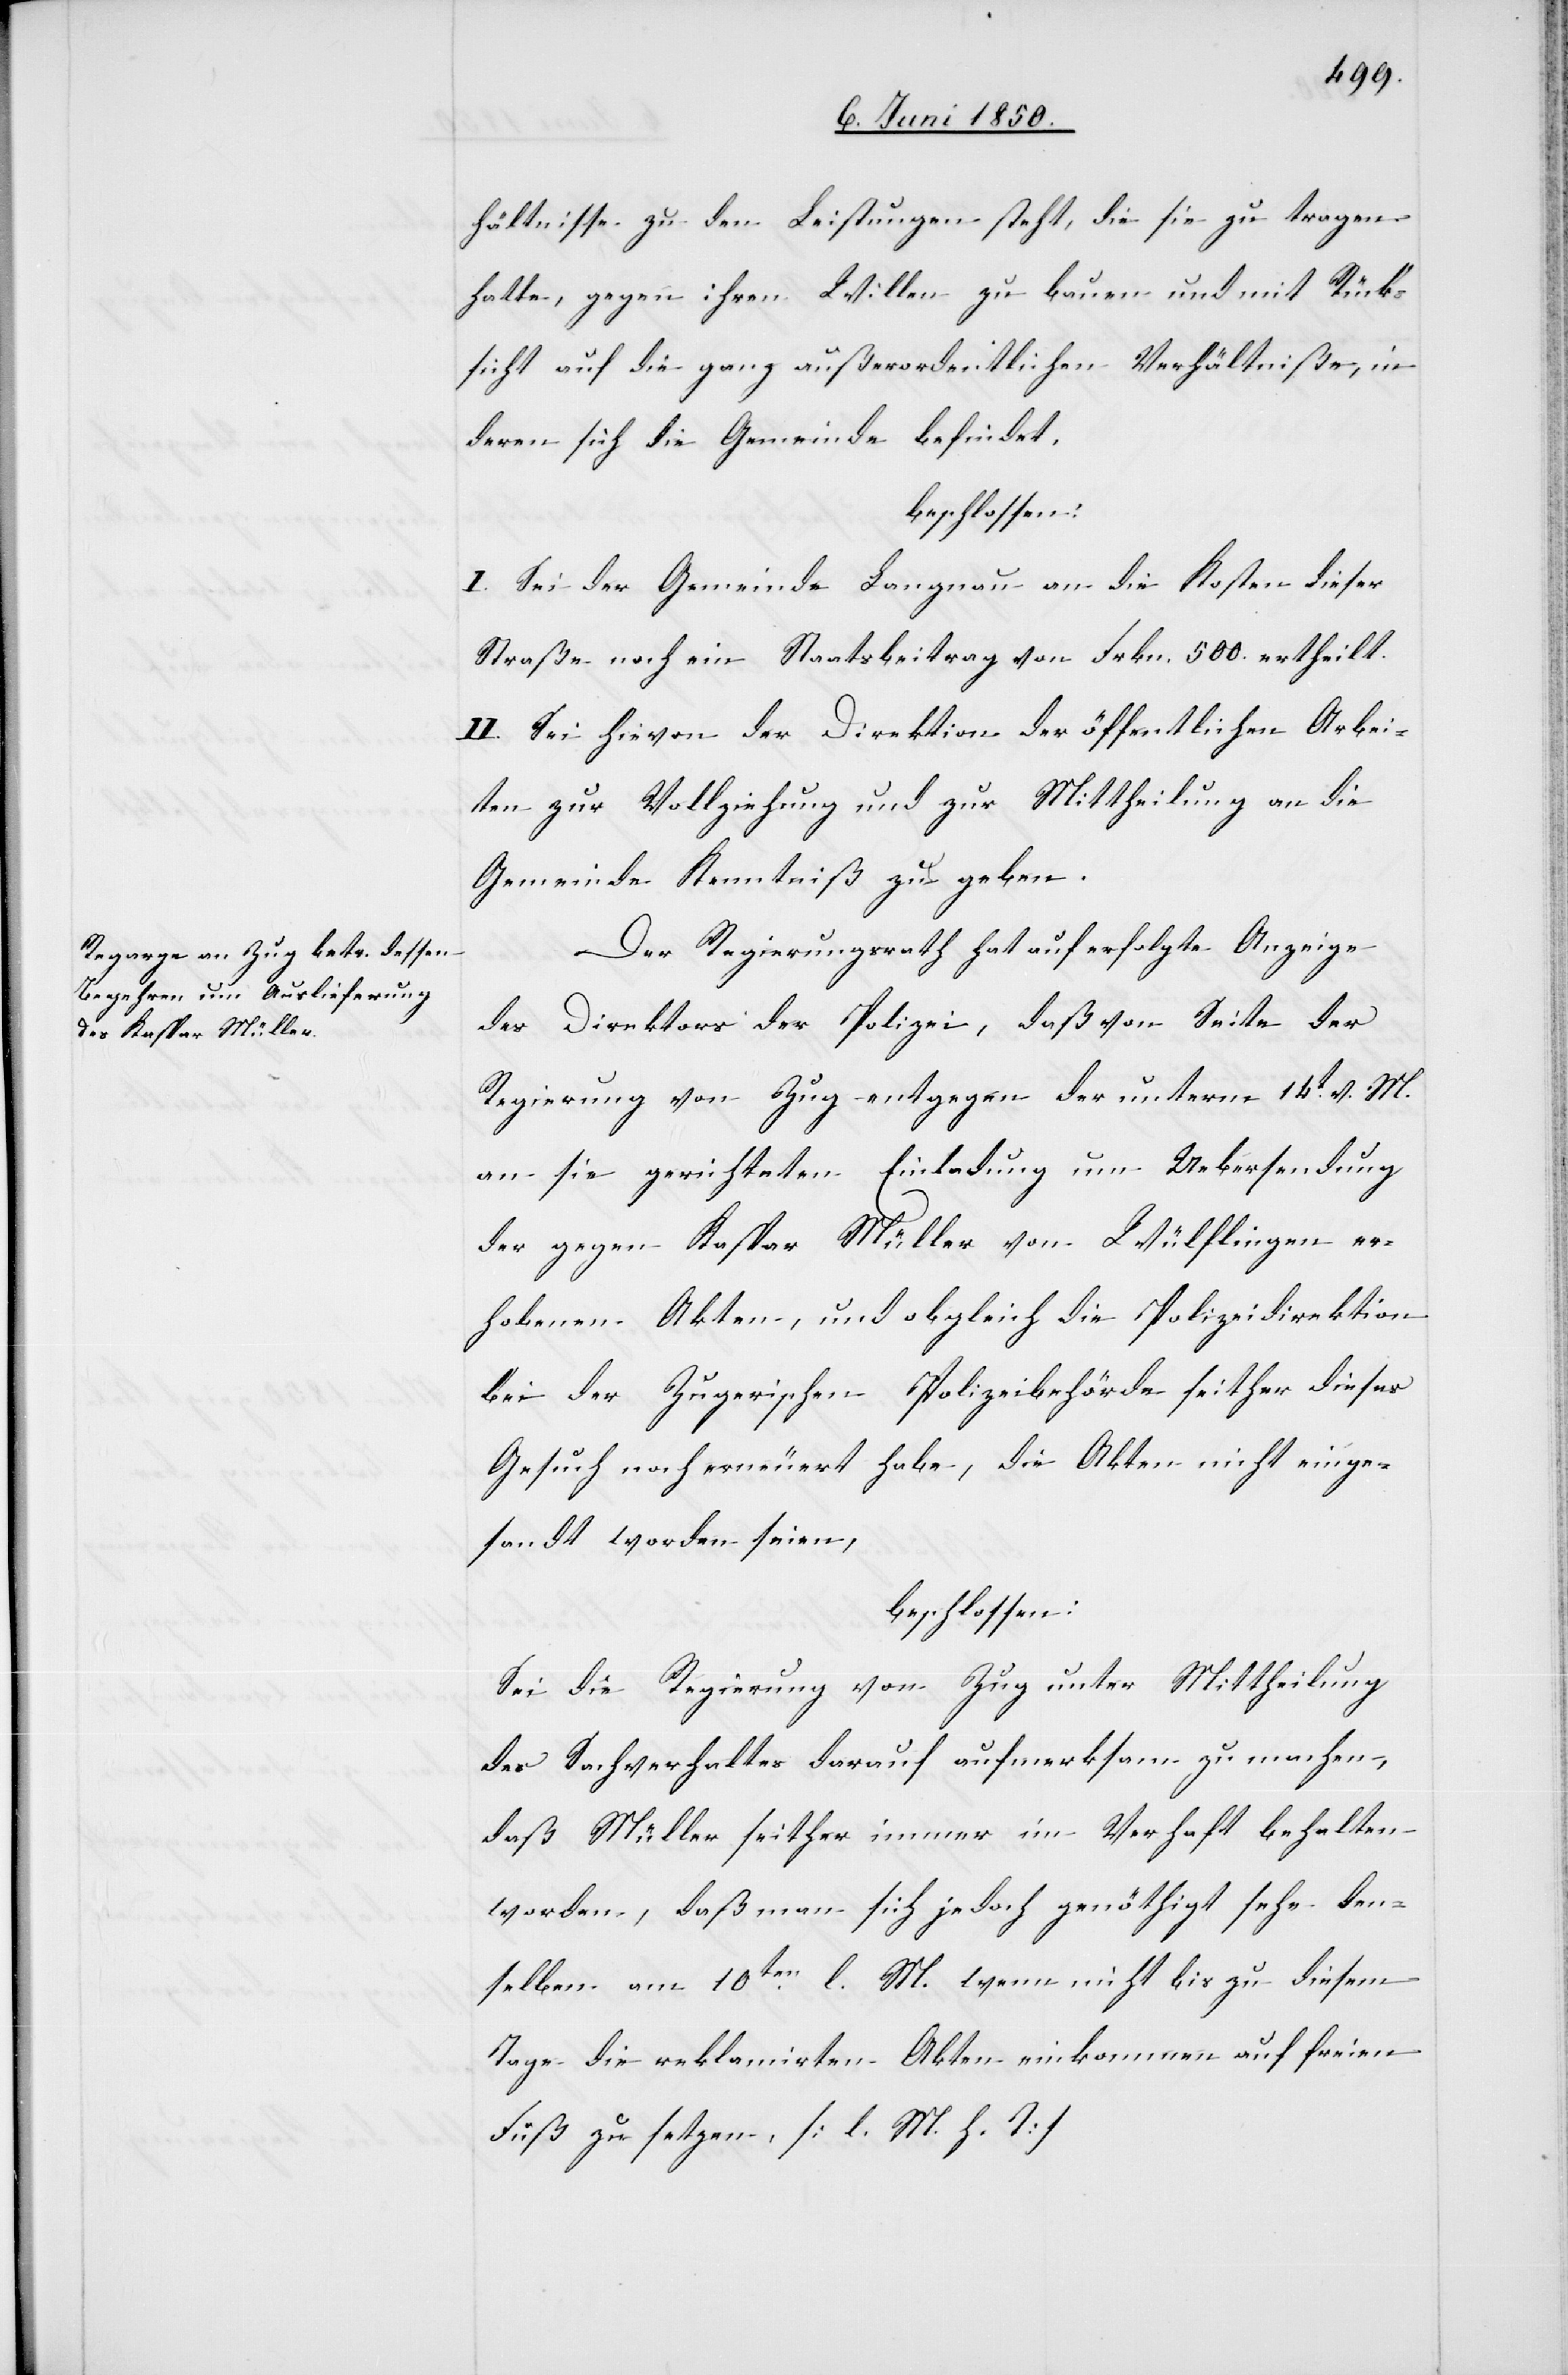
hältnisse zu den Leistungen steht, die sie zu tragen
hatte, gegen ihren Willen zu bauen und mit Rück¬
sicht auf die ganz außerordentlichen Verhältniße, in
deren sich die Gemeinde befindet,
beschlossen:
I. Sei der Gemeinde Langnau an die Kosten dieser
Straße noch ein Staatsbeitrag von Frkn. 500. ertheilt.
II Sei hievon der Direktion der öffentlichen Arbei¬
ten zur Vollziehung und zur Mittheilung an die
Gemeinde Kenntniß zu geben.
Der Regierungsrath hat auf erfolgte Anzeige
des Direktors der Polizei, daß von Seite der
Regierung von Zug entgegen der unterm 14t v. M.
an sie gerichteten Einladung um Uebersendung
der gegen Kaspar Müller von Wülflingen er¬
hobenen Akten, und obgleich die Polizeidirektion
bei der Zugerischen Polizeibehörde seither dieses
Gesuch noch erneuert habe, die Akten nicht einge¬
sandt worden seien,
beschlossen:
Sei die Regierung von Zug unter Mittheilung
des Sachverhaltes darauf aufmerksam zu machen,
daß Müller seither immer im Verhaft behalten
worden, daß man sich jedoch genöthigt sehe den¬
selben am 10ten l. M. wenn nicht bis zu diesem
Tage die reklamirten Akten einkommen auf freien
Fuß zu setzen. [l. M. h. T]